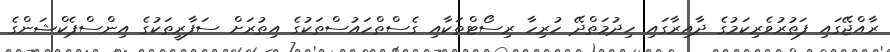
ރާއްޖޭގައި ފަތުރުވެރިކަމުގެ ދާއިރާގައި ހިދުމަތްދޭ ހުރިހާ ރިސޯޓްތަކާއި ގެސްތްހައުސްތަކުގެ އިތުރަށް ސަފާރީތަކުގެ އިންސްޕެކްޝަންގެ